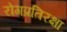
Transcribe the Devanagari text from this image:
रोगप्रतिरक्षा